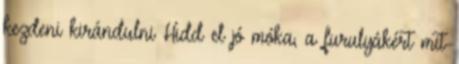
kezdeni kirándulni Hidd el jó móka, a furulyákért mit